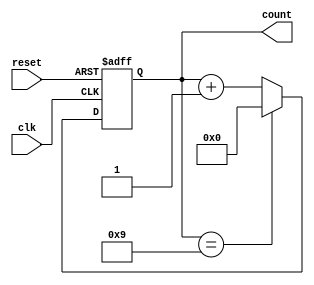
module BCD_Counter (
    input wire clk,       // Clock signal
    input wire reset,     // Asynchronous reset signal
    output reg [3:0] count // 4-bit output for BCD count
);

// Always block triggered on the rising edge of the clock or when reset is active
always @(posedge clk or posedge reset) begin
    if (reset) begin
        count <= 4'b0000; // Reset the counter to 0
    end else begin
        if (count == 4'b1001) begin
            count <= 4'b0000; // Roll over to 0 when reaching 9
        end else begin
            count <= count + 1; // Increment the counter
        end
    end
end

endmodule